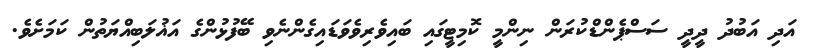
އަދި އަބުދު ދީދީ ސަސްޕެންޑްކުރަން ނިންމީ ކޮމިޓީގައި ބައިވެރިވެވަޑައިގެންނެވި ބޭފުޅުންގެ އަޣުލަބިއްޔަތުން ކަމަށެވެ.